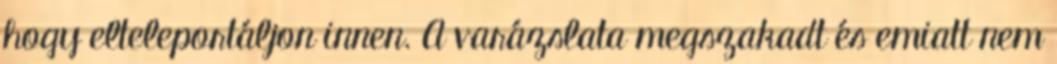
hogy elteleportáljon innen. A varázslata megszakadt és emiatt nem